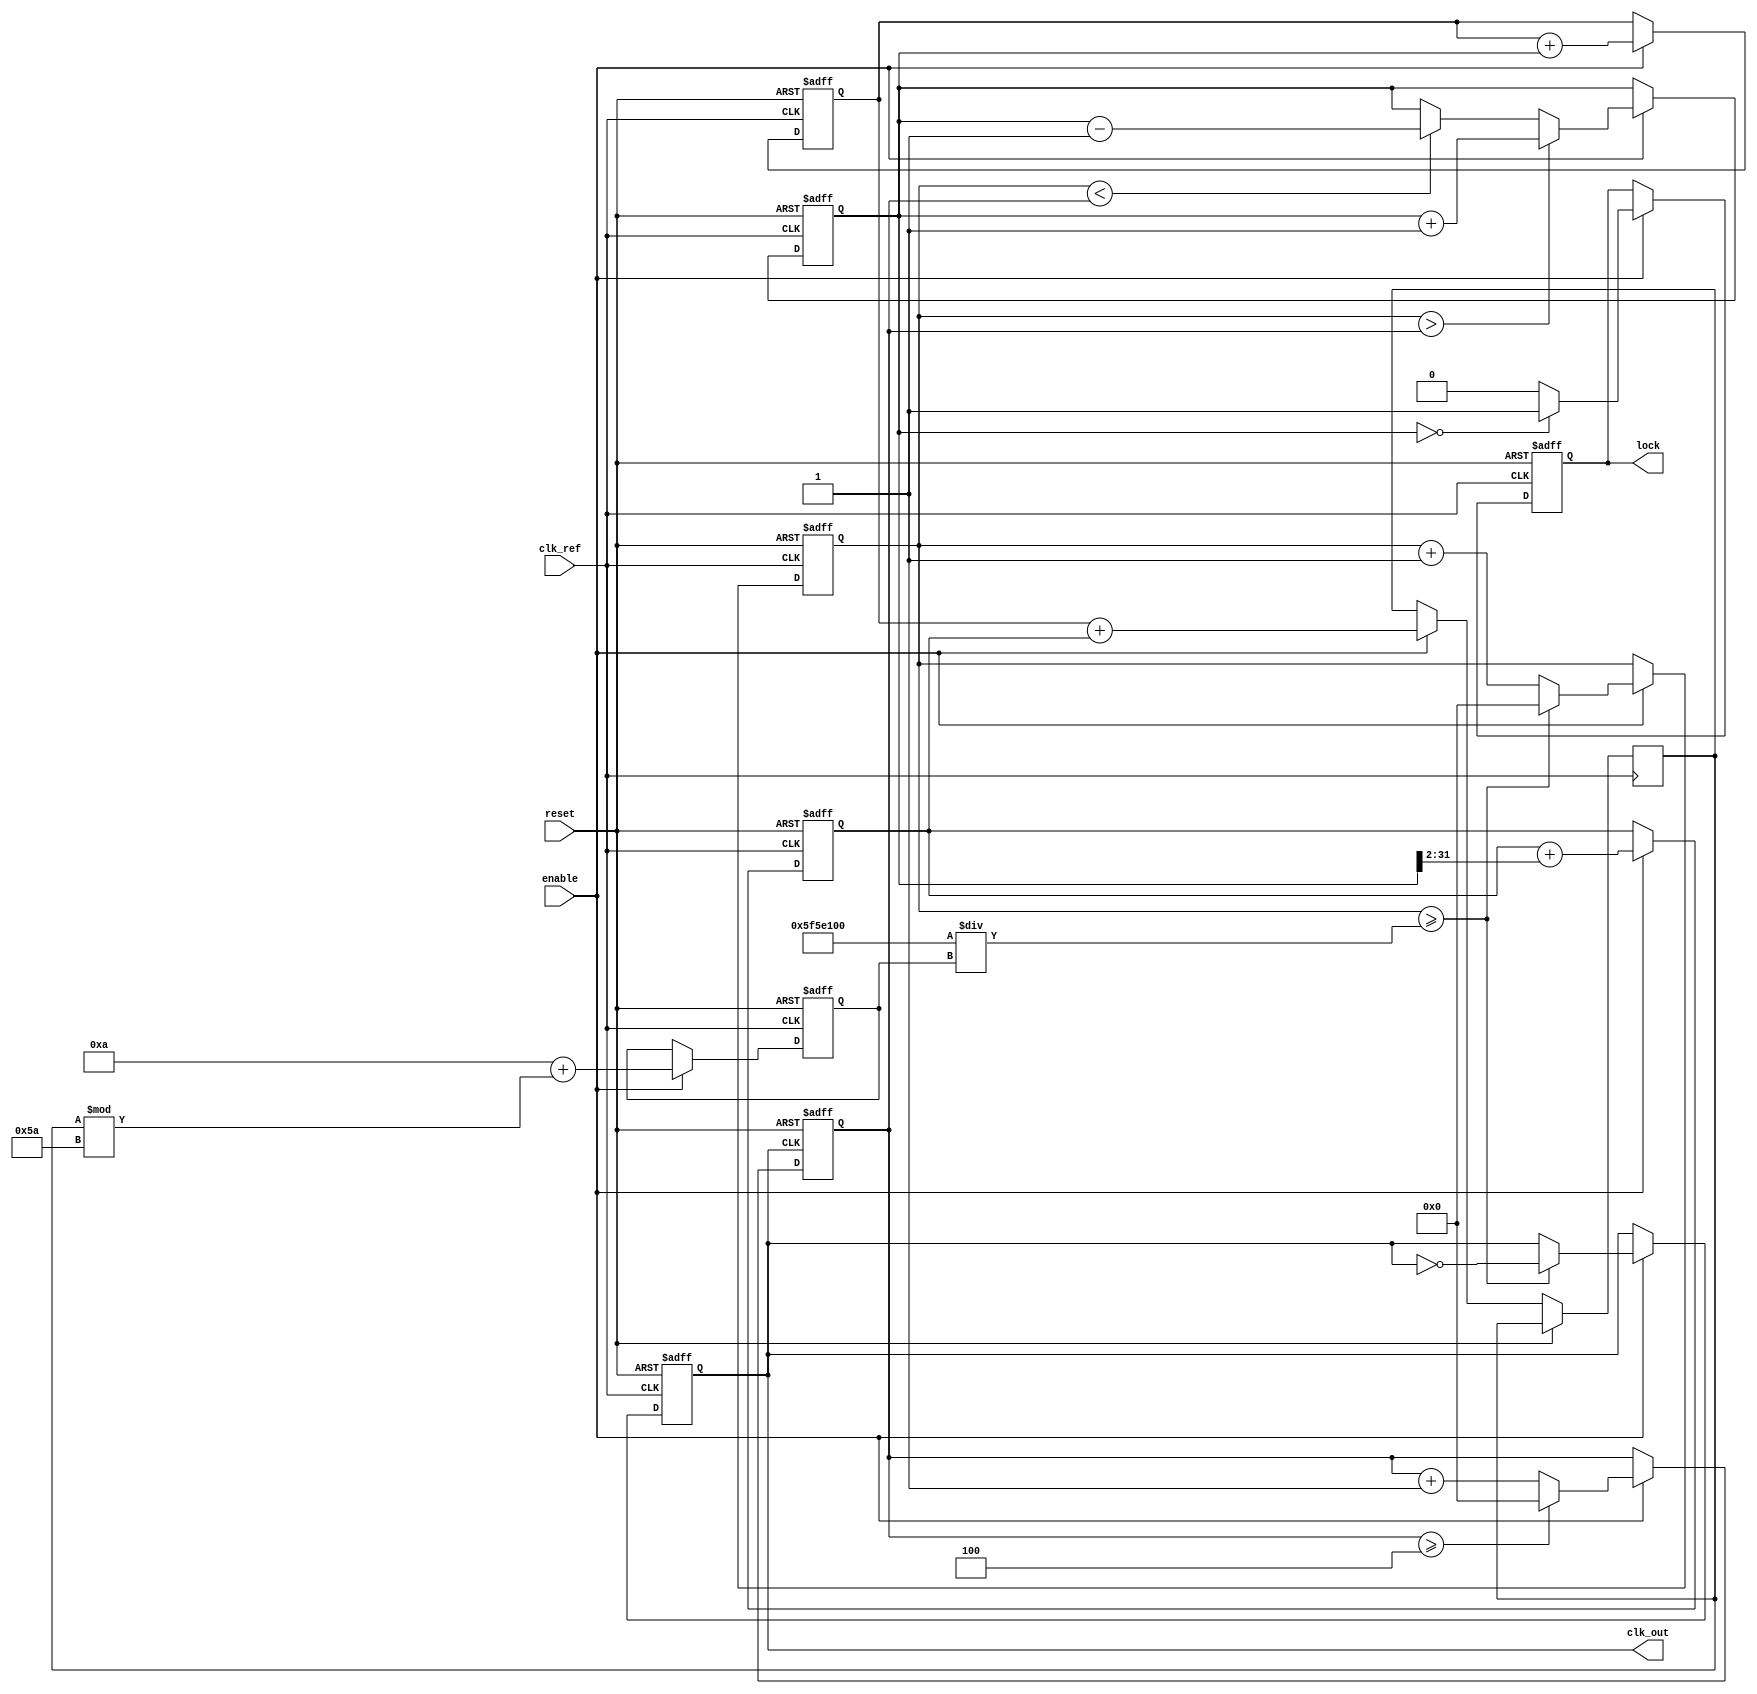
module dual_loop_pll (
    input wire clk_ref,          // Reference clock input
    input wire reset,            // Reset signal
    input wire enable,           // Enable signal for PLL
    output reg clk_out,          // Output clock
    output reg lock              // Lock indicator
);

    // Parameters
    parameter DIV_RATIO = 4;     // Division ratio for feedback
    parameter VCO_MAX_FREQ = 100; // Maximum frequency of VCO
    parameter VCO_MIN_FREQ = 10;  // Minimum frequency of VCO

    // Internal signals
    reg [31:0] vco_freq;          // VCO frequency
    reg [31:0] control_voltage;    // Control voltage from loop filter
    reg [31:0] phase_error;        // Phase error from PD
    reg [31:0] inner_loop_output;  // Inner loop filter output
    reg [31:0] outer_loop_output;  // Outer loop filter output
    reg [31:0] vco_counter;        // VCO counter for clock generation
    reg [31:0] feedback_counter;   // Feedback counter for division

    // Phase Detector (PD)
    always @(posedge clk_ref or posedge reset) begin
        if (reset) begin
            phase_error <= 0;
        end else if (enable) begin
            // Simple phase detector logic (PFD)
            // Here we assume a simple model for demonstration
            if (vco_counter > feedback_counter) begin
                phase_error <= phase_error + 1; // VCO leads
            end else if (vco_counter < feedback_counter) begin
                phase_error <= phase_error - 1; // VCO lags
            end
        end
    end

    // Loop Filter (Inner and Outer)
    always @(posedge clk_ref or posedge reset) begin
        if (reset) begin
            inner_loop_output <= 0;
            outer_loop_output <= 0;
        end else if (enable) begin
            // Inner loop filter (simple proportional filter)
            inner_loop_output <= inner_loop_output + phase_error;

            // Outer loop filter (simple proportional filter)
            outer_loop_output <= outer_loop_output + (phase_error >> 2); // Coarse adjustment
            control_voltage <= inner_loop_output + outer_loop_output; // Combined output
        end
    end

    // Voltage-Controlled Oscillator (VCO)
    always @(posedge clk_ref or posedge reset) begin
        if (reset) begin
            vco_freq <= VCO_MIN_FREQ;
            vco_counter <= 0;
            clk_out <= 0;
        end else if (enable) begin
            // Adjust VCO frequency based on control voltage
            vco_freq <= VCO_MIN_FREQ + (control_voltage % (VCO_MAX_FREQ - VCO_MIN_FREQ));
            // Generate output clock based on VCO frequency
            if (vco_counter >= (100000000 / vco_freq)) begin // Assuming clk_ref is 100MHz
                clk_out <= ~clk_out;
                vco_counter <= 0;
            end else begin
                vco_counter <= vco_counter + 1;
            end
        end
    end

    // Feedback Divider
    always @(posedge clk_out or posedge reset) begin
        if (reset) begin
            feedback_counter <= 0;
        end else if (enable) begin
            feedback_counter <= feedback_counter + 1;
            if (feedback_counter >= DIV_RATIO) begin
                feedback_counter <= 0; // Reset feedback counter
            end
        end
    end

    // Lock Detection Logic
    always @(posedge clk_ref or posedge reset) begin
        if (reset) begin
            lock <= 0;
        end else if (enable) begin
            // Simple lock detection logic
            if (phase_error == 0) begin
                lock <= 1; // Locked
            end else begin
                lock <= 0; // Not locked
            end
        end
    end

endmodule